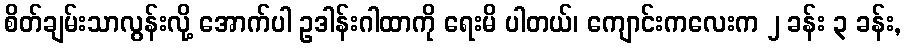
စိတ်ချမ်းသာလွန်းလို့ အောက်ပါ ဥဒါန်းဂါထာကို ရေးမိ ပါတယ်၊ ကျောင်းကလေးက ၂ ခန်း ၃ ခန်း,